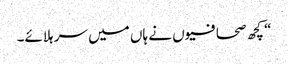
“ کچھ صحافیوں نے ہاں میں سر ہلائے۔